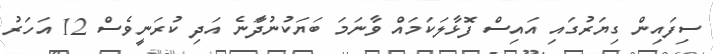
ސިފައިން ގިޔަރުގައި އައިސް ފޮޅާލަކަމައް ވާނަމަ ބަޔަކުނުދަާނެ އަދި ކުރަނީވެސް 12 އަހަރު